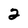
Character: 2